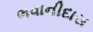
ભવાનીદાસ